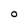
Character: 0